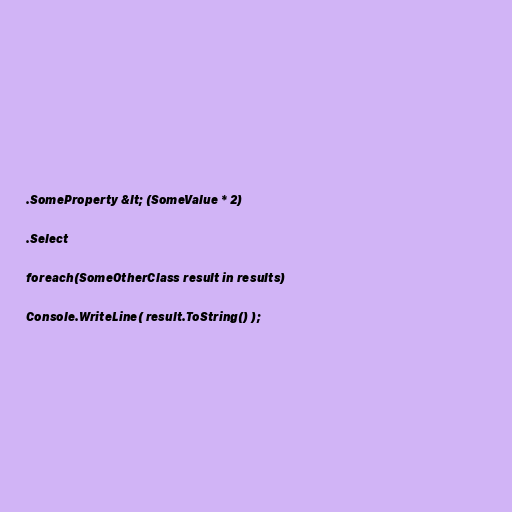
.SomeProperty &lt; (SomeValue * 2)

.Select

foreach(SomeOtherClass result in results)

Console.WriteLine( result.ToString() );